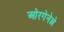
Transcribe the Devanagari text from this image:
ओरगेनेल्ले